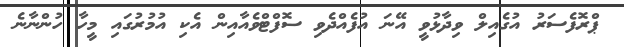
ޕްރޮފެސަރު އުގެއިލް ވިދާޅުވީ އޭނަ އުފެއްދެވި ސޮފްޓްވެއާއިން އެކި އުމުރުގައި މީހާ ހުންނާނެ